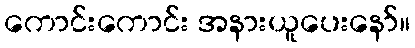
ကောင်းကောင်း အနားယူပေးနော်။